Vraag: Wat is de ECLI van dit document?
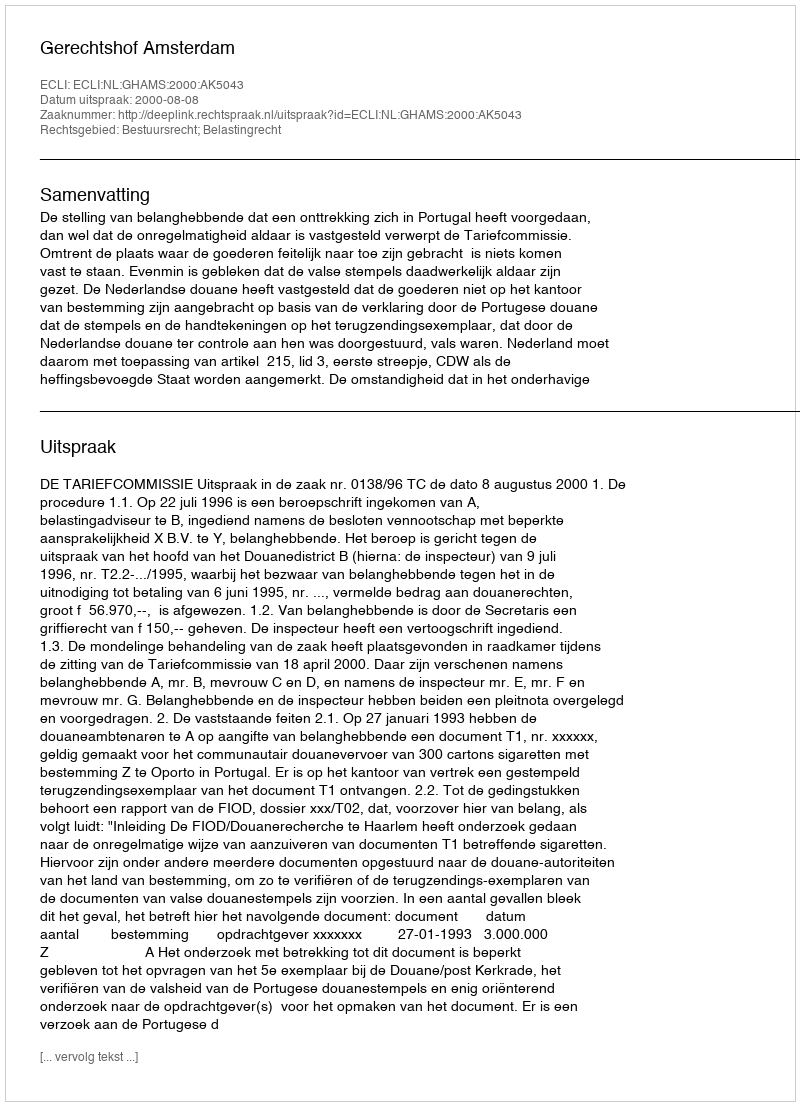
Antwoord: ECLI:NL:GHAMS:2000:AK5043